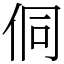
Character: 侗